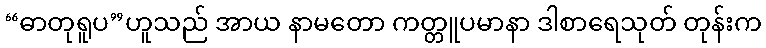
“ဓာတုရူပ”ဟူသည် အာယ နာမတော ကတ္တူပမာနာ ဒါစာရေသုတ် တုန်းက